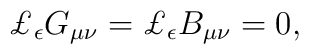
\pounds_{\bf{\epsilon}}G_{\mu\nu}=\pounds_{\bf{\epsilon}}B_{\mu\nu}=0,